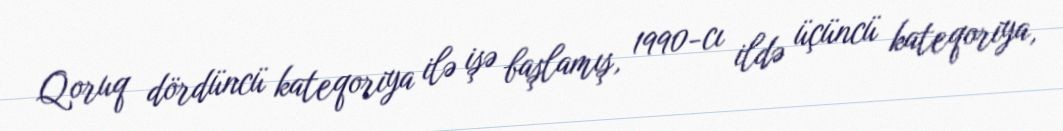
Qoruq dördüncü kateqoriya ilə işə başlamış, 1990-cı ildə üçüncü kateqoriya,